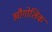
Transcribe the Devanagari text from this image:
खौगोलिक